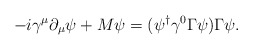
\begin{align*}-i\gamma^\mu\partial_\mu\psi+M\psi = (\psi^\dagger\gamma^0\Gamma\psi)\Gamma\psi. \end{align*}